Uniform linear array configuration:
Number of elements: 32
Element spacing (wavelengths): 0.75
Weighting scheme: uniform
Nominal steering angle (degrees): -45
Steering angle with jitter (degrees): -45.962
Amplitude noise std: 0.05
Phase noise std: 0.05

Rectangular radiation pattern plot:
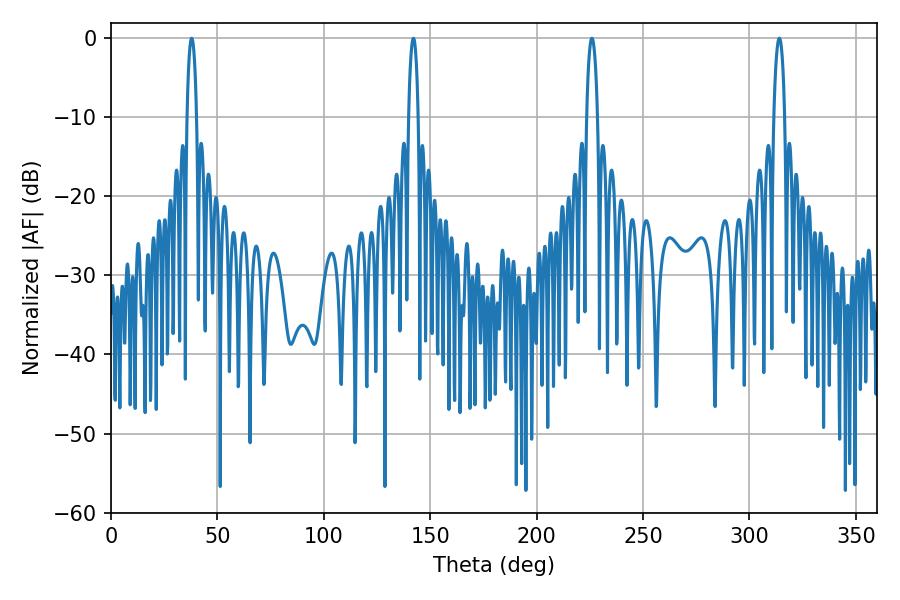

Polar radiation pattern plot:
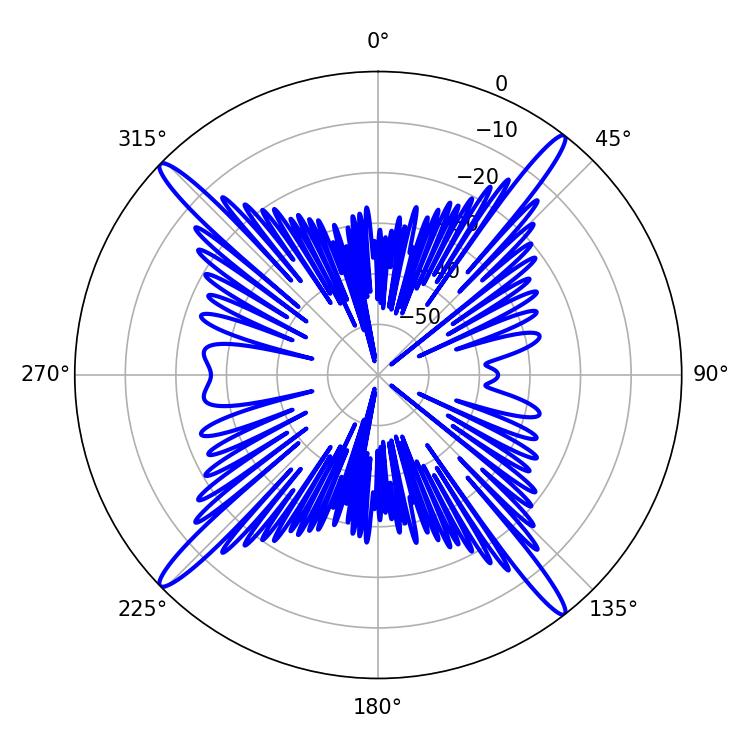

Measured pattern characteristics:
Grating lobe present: TRUE
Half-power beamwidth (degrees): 2.7
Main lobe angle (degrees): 225.9